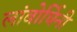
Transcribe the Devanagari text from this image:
लांबोर्घिनी